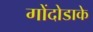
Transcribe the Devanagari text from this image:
गोंदोडाके